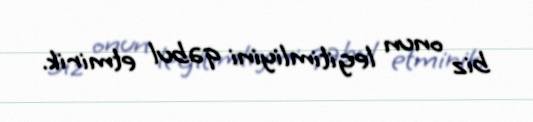
biz onun legitimliyini qəbul etmirik.